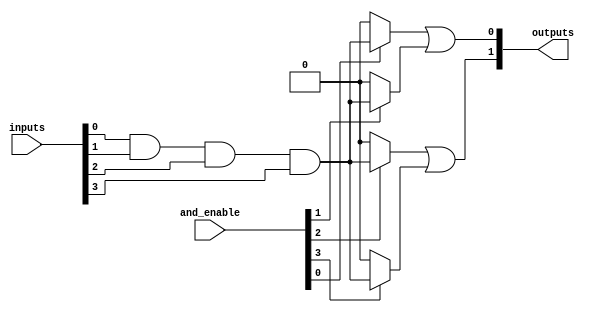
module JewelPAL #(
    parameter NUM_INPUTS = 4,   // Number of inputs
    parameter NUM_AND_GATES = 4, // Number of AND gates
    parameter NUM_OUTPUTS = 2    // Number of outputs
)(
    input wire [NUM_INPUTS-1:0] inputs, // Input signals
    input wire [NUM_AND_GATES-1:0] and_enable, // Configuration signals for AND gates
    output wire [NUM_OUTPUTS-1:0] outputs // Output signals
);

    // Intermediate signals for AND gate outputs
    wire [NUM_AND_GATES-1:0] and_output;

    // Programmable AND Array
    genvar i, j;
    generate
        for (i = 0; i < NUM_AND_GATES; i = i + 1) begin: AND_GATE
            // Each AND gate can be enabled by the corresponding and_enable signal
            assign and_output[i] = and_enable[i] ? (inputs[0] & inputs[1] & inputs[2] & inputs[3]) : 1'b0; // Example fixed AND condition
        end
    endgenerate

    // Fixed OR Array
    assign outputs[0] = and_output[0] | and_output[1]; // Example combination
    assign outputs[1] = and_output[2] | and_output[3]; // Example combination

endmodule